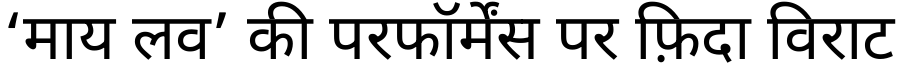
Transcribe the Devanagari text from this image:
‘माय लव’ की परफॉर्मेंस पर फ़िदा विराट